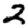
Digit: 2